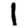
Digit: 1